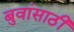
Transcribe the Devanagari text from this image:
बुवांसाठी